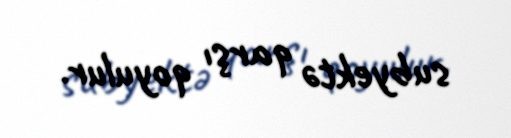
subyektə qarşı qoyulur.